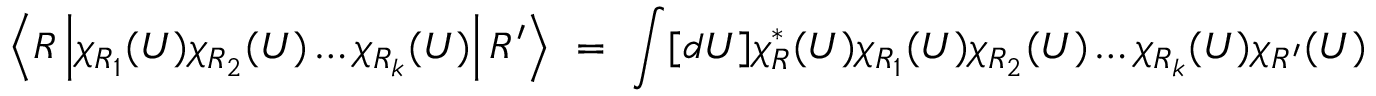
\left< R \left| \chi _ { R _ { 1 } } ( U ) \chi _ { R _ { 2 } } ( U ) \ldots \chi _ { R _ { k } } ( U ) \right| R ^ { \prime } \right> ~ = ~ \int [ d U ] \chi _ { R } ^ { * } ( U ) \chi _ { R _ { 1 } } ( U ) \chi _ { R _ { 2 } } ( U ) \ldots \chi _ { R _ { k } } ( U ) \chi _ { R ^ { \prime } } ( U )